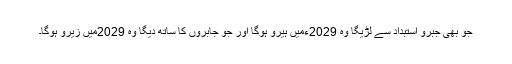
جو بھی جبرو استبداد سے لڑیگا وہ 2029ءمیں ہیرو ہوگا اور جو جابروں کا ساتھ دیگا وہ 2029میں زیرو ہوگا۔